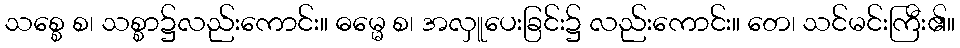
သစ္စေ စ၊ သစ္စာ၌လည်းကောင်း။ ဓမ္မေ စ၊ အလှူပေးခြင်း၌ လည်းကောင်း။ တေ၊ သင်မင်းကြီး၏။